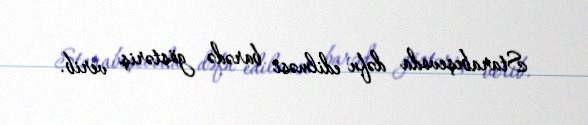
Starabeşevoda dəfn edilməsi barədə göstəriş verib.